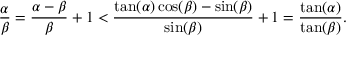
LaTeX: { \frac { \alpha } { \beta } } = { \frac { \alpha - \beta } { \beta } } + 1 < { \frac { \tan ( \alpha ) \cos ( \beta ) - \sin ( \beta ) } { \sin ( \beta ) } } + 1 = { \frac { \tan ( \alpha ) } { \tan ( \beta ) } } .